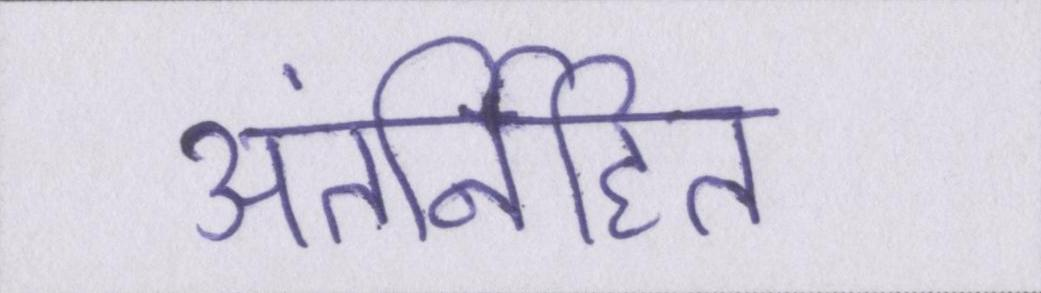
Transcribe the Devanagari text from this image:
अंतर्निहित